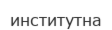
институтна